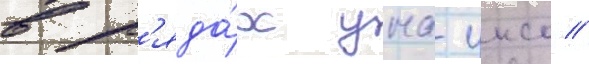
в р'яда́х уна-унсо //